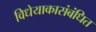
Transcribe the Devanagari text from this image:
विधेयाकासंबंधित